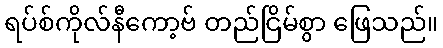
ရပ်စ်ကိုလ်နီကော့ဗ် တည်ငြိမ်စွာ ဖြေသည်။